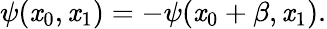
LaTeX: \psi(\mathit{x}_{0},\mathit{x}_{1})=-\psi(\mathit{x}_{0}+\beta,\mathit{x}_{1}).